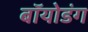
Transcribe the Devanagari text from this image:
बॉयोडंग